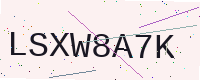
Text: LSXW8A7K